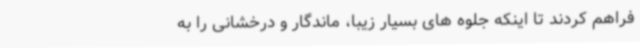
فراهم کردند تا اینکه جلوه های بسیار زیبا، ماندگار و درخشانی را به